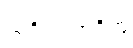
သရိတသာရိတံ